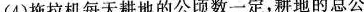
(4)拖拉机每天耕地的公顷数一定，耕地的总公